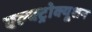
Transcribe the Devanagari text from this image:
एल्क्ट्रोक्यूशन